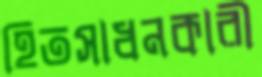
হিতসাধনকারী